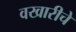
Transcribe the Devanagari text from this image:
वखारीचे